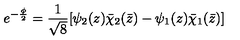
e ^ { - \frac { \phi } { 2 } } = \frac { 1 } { \sqrt { 8 } } [ \psi _ { 2 } ( z ) \bar { \chi } _ { 2 } ( \bar { z } ) - \psi _ { 1 } ( z ) \bar { \chi } _ { 1 } ( \bar { z } ) ]